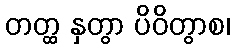
တတ္ထ နှတွာ ပိဝိတွာစ၊